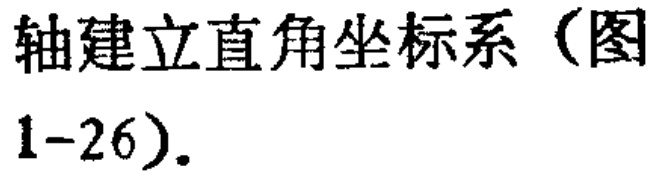
轴建立直角坐标系（图1-26）.